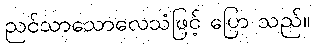
ညင်သာသောလေသံဖြင့် ပြော သည်။